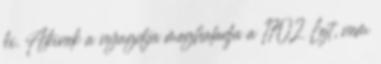
ki. Akinek a nyugdíja meghaladja a 1702 Lejt, nem